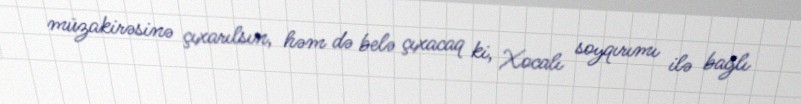
müzakirəsinə çıxarılsın, həm də belə çıxacaq ki, Xocalı soyqırımı ilə bağlı